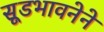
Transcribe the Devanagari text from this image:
सूडभावनेने